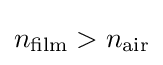
n_{\rm {film}}>n_{\rm {air}}